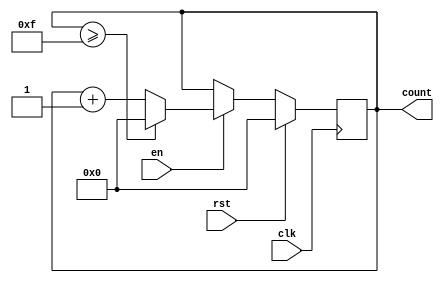
module MemoryBlocksUpCounter #(
    parameter INIT_VAL = 4'd0,      // Initial value of the counter
    parameter MAX_VAL = 4'd15       // Maximum value of the counter
)(
    input wire clk,                  // Clock signal
    input wire rst,                  // Reset signal (active high)
    input wire en,                   // Enable signal (active high)
    output reg [3:0] count           // Current count value (4 bits to accommodate values from INIT_VAL to MAX_VAL)
);

    // Always block triggered on the rising edge of clk
    always @(posedge clk) begin
        // Reset condition
        if (rst) begin
            count <= INIT_VAL;       // Reset the count to the initial value
        end else if (en) begin
            // Increment count with wrap around
            if (count >= MAX_VAL) begin
                count <= INIT_VAL;   // Wrap around to initial value
            end else begin
                count <= count + 1;  // Increment count
            end
        end
    end

endmodule